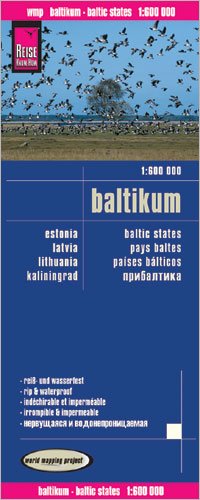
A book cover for Estonia, Latvia, Lithuania & Kaliningrad 1:600,000 Travel Map, waterproof REISE; Reise Knowhow; Travel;